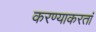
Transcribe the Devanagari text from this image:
करण्याकरतां